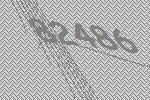
82486